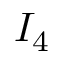
I _ { 4 }